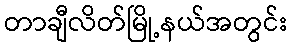
တာချီလိတ်မြို့နယ်အတွင်း